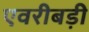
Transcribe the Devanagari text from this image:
एवरीबड़ी